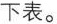
下表。